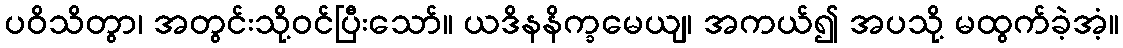
ပဝိသိတွာ၊ အတွင်းသို့ဝင်ပြီးသော်။ ယဒိနနိက္ခမေယျ၊ အကယ်၍ အပသို့ မထွက်ခဲ့အံ့။